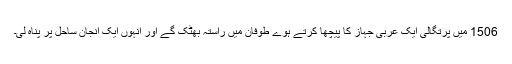
1506 میں پرتگالی ایک عربی جہاز کا پیچھا کرتے ہوے طوفان میں راستہ بھٹک گے اور انہوں ایک انجان ساحل پر پناہ لی۔